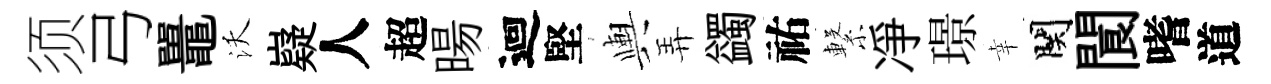
须弓鼉沃嶷人超暘迴堅輿弄蠲祐繋凈璟幸関閬嗜道